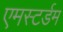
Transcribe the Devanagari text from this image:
एमस्टर्डम